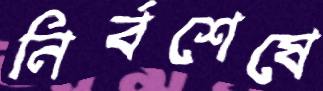
নির্বশেষে